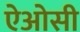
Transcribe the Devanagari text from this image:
ऐओसी